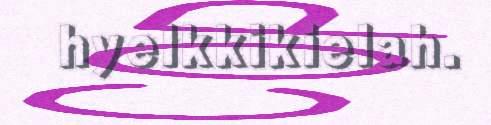
hyelkkikielah.